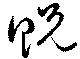
貺